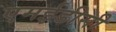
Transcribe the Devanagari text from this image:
एमईडीसी